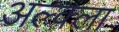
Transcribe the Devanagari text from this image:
अल्क्ला